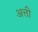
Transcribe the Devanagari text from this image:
अत्ती